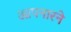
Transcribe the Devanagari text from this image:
आपनारने